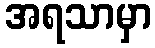
အရသာမှာ